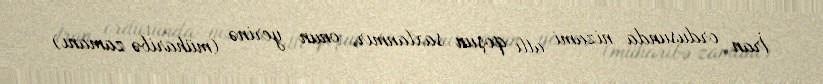
İran ordusunda nizami atlı qoşun saxlanmır, onun yerinə (müharibə zamanı)